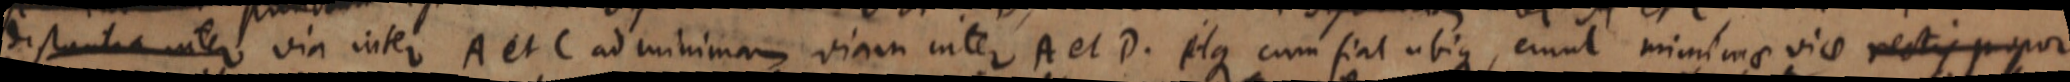
distantia inter via inter A et C ad minimam viam inter A et D. itque cum fiat ubique, erunt minimae vic rectis propor